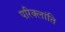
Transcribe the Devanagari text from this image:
परिक्लांति